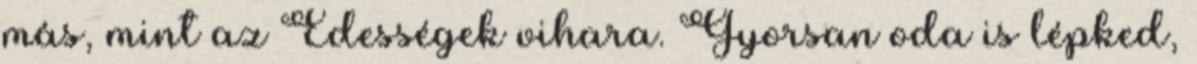
más, mint az Édességek vihara. Gyorsan oda is lépked,